Leprosy in India: report of the Leprosy Commission in India, 1890-91
Year: 1890
Disease focus: Leprosy
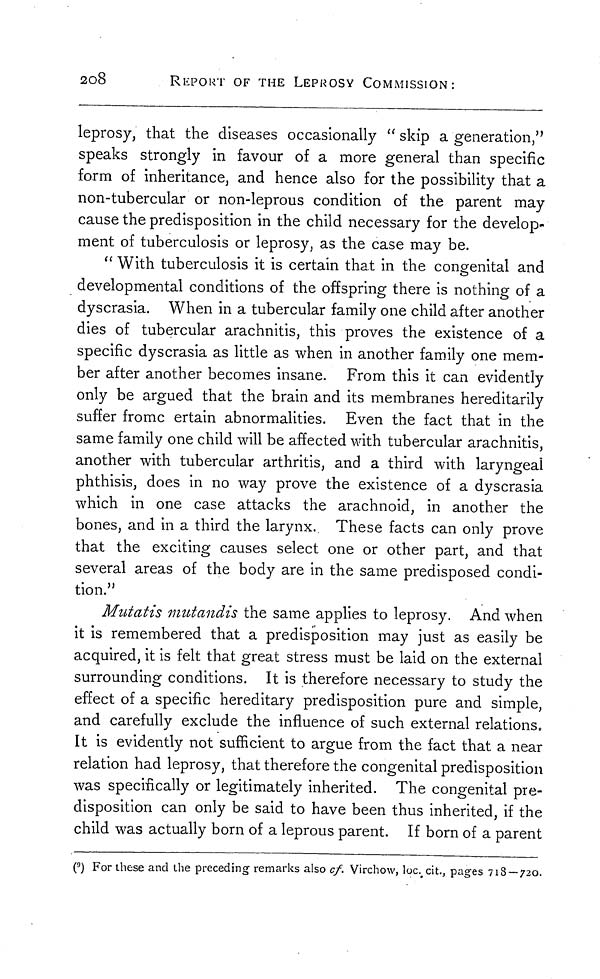
2o8
REPORT OF THE LEPROSY COMMISSION:
leprosy, that the diseases occasionally " skip a generation,"
speaks strongly in favour of a more general than specific
form of inheritance, and hence also for the possibility that a
non-tubercular or non-leprous condition of the parent may
cause the predisposition in the child necessary for the develop-
ment of tuberculosis or leprosy, as the case may be.
" With tuberculosis it is certain that in the congenital and
developmental conditions of the offspring there is nothing of a
dyscrasia. When in a tubercular family one child after another
dies of tubercular arachnitis, this proves the existence of a
specific dyscrasia as little as when in another family one mem-
ber after another becomes insane. From this it can evidently
only be argued that the brain and its membranes hereditarily
suffer fromc ertain abnormalities. Even the fact that in the
same family one child will be affected with tubercular arachnitis,
another with tubercular arthritis, and a third with laryngeal
phthisis, does in no way prove the existence of a dyscrasia
which in one case attacks the arachnoid, in another the
bones, and in a third the larynx. These facts can only prove
that the exciting causes select one or other part, and that
several areas of the body are in the same predisposed condi-
tion."
Mutatis mutandis the same applies to leprosy. And when
it is remembered that a predisposition may just as easily be
acquired, it is felt that great stress must be laid on the external
surrounding conditions. It is therefore necessary to study the
effect of a specific hereditary predisposition pure and simple,
and carefully exclude the influence of such external relations.
It is evidently not sufficient to argue from the fact that a near
relation had leprosy, that therefore the congenital predisposition
was specifically or legitimately inherited. The congenital pre-
disposition can only be said to have been thus inherited, if the
child was actually born of a leprous parent. If born of a parent
( 9 ) For these and the preceding remarks also cf. Virchow, loc. cit., pages 718 — 720.